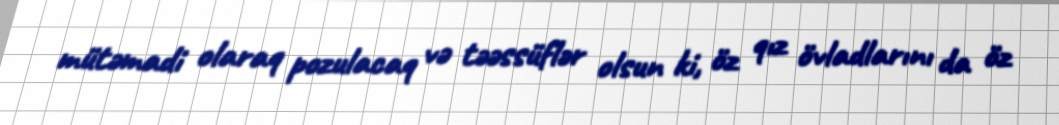
mütəmadi olaraq pozulacaq və təəssüflər olsun ki, öz qız övladlarını da öz